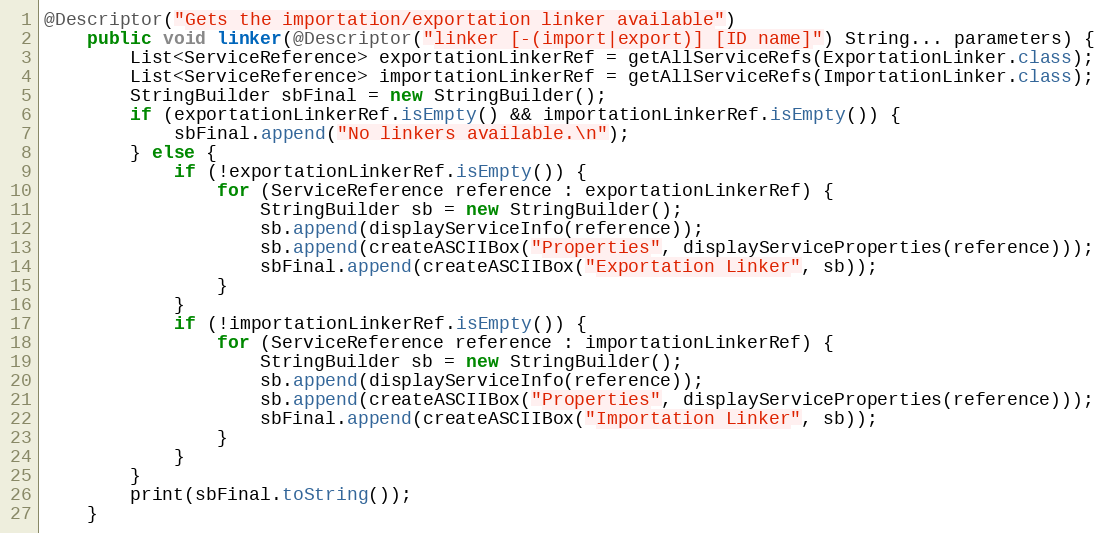
Language: Java
@Descriptor("Gets the importation/exportation linker available")
    public void linker(@Descriptor("linker [-(import|export)] [ID name]") String... parameters) {
        List<ServiceReference> exportationLinkerRef = getAllServiceRefs(ExportationLinker.class);
        List<ServiceReference> importationLinkerRef = getAllServiceRefs(ImportationLinker.class);
        StringBuilder sbFinal = new StringBuilder();
        if (exportationLinkerRef.isEmpty() && importationLinkerRef.isEmpty()) {
            sbFinal.append("No linkers available.\n");
        } else {
            if (!exportationLinkerRef.isEmpty()) {
                for (ServiceReference reference : exportationLinkerRef) {
                    StringBuilder sb = new StringBuilder();
                    sb.append(displayServiceInfo(reference));
                    sb.append(createASCIIBox("Properties", displayServiceProperties(reference)));
                    sbFinal.append(createASCIIBox("Exportation Linker", sb));
                }
            }
            if (!importationLinkerRef.isEmpty()) {
                for (ServiceReference reference : importationLinkerRef) {
                    StringBuilder sb = new StringBuilder();
                    sb.append(displayServiceInfo(reference));
                    sb.append(createASCIIBox("Properties", displayServiceProperties(reference)));
                    sbFinal.append(createASCIIBox("Importation Linker", sb));
                }
            }
        }
        print(sbFinal.toString());
    }